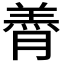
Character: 𮌭